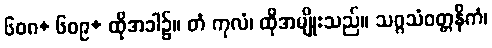
၆၀၈+ ၆၀၉+ ထိုအခါ၌။ တံ ကုလံ၊ ထိုအမျိုးသည်။ သဂ္ဂသံဝတ္တနိကံ၊